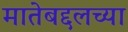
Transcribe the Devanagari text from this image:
मातेबद्दलच्या